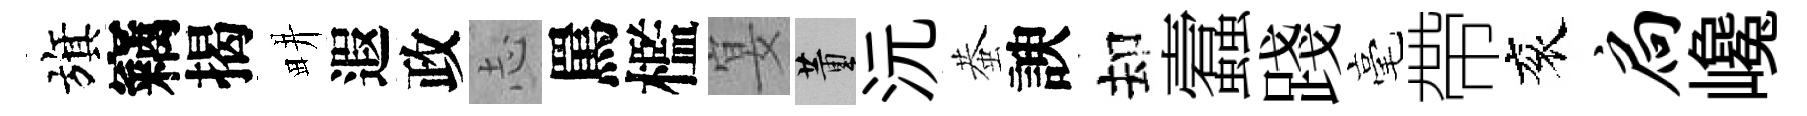
旗竊揭畊遐政𢖽罵檻宴董沅蛬諛却蠧踐毫帶衮扃巉